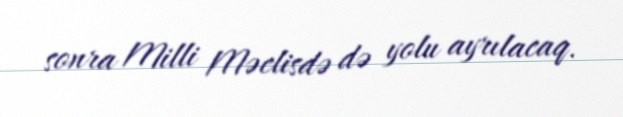
sonra Milli Məclisdə də yolu ayrılacaq.